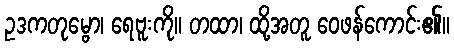
ဥဒကတုမ္ဗော၊ ရေဗူးကို။ တထာ၊ ထို့အတူ ဝေဖန်ကောင်း၏။